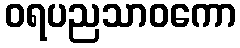
ဝရပညသာဝကော